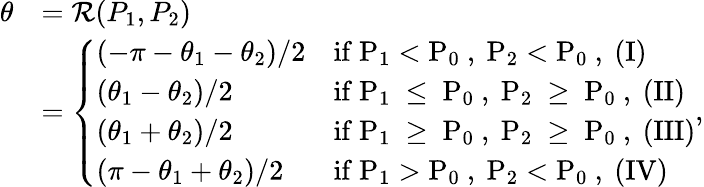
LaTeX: \begin{array}{rl}{\theta}&{=\mathcal{R}(P_{1},P_{2})}\\ &{=\left\{ \begin{array}{ll}{(-\pi-\theta_{1}-\theta_{2})/2}&{\mathrm{if~P_1<P_0~,~P_2<P_0~,~(I)}}\\ {(\theta_{1}-\theta_{2})/2}&{\mathrm{if~P_1~\le~P_0~,~P_2~\ge~P_0~,~(II)}}\\ {(\theta_{1}+\theta_{2})/2}&{\mathrm{if~P_1~\ge~P_0~,~P_2~\ge~P_0~,~(III)}}\\ {(\pi-\theta_{1}+\theta_{2})/2}&{\mathrm{if~P_1>P_0~,~P_2<P_0~,~(IV)}}\end{array}\right.,}\end{array}